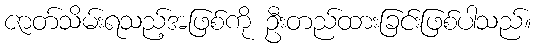
ဇာတ်သိမ်းရသည့်အဖြစ်ကို ဦးတည်ထားခြင်းဖြစ်ပါသည်။